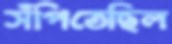
সঁপিতেছিল